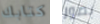
كتابك بصور